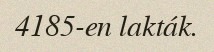
4185-en lakták.